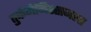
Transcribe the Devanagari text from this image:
तुर्कमेनिस्तानला